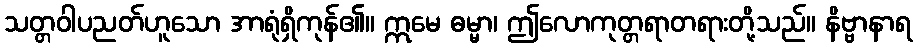
သတ္တဝါပညတ်ဟူသော အာရုံရှိကုန်၏။ ဣမေ ဓမ္မာ၊ ဤလောကုတ္တရာတရားတို့သည်။ နိဗ္ဗာနာရ